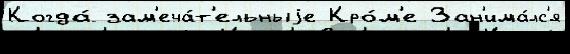
Когда́ зам'еча́т'ельныjе Кро́м'е Зан'има́лс'я